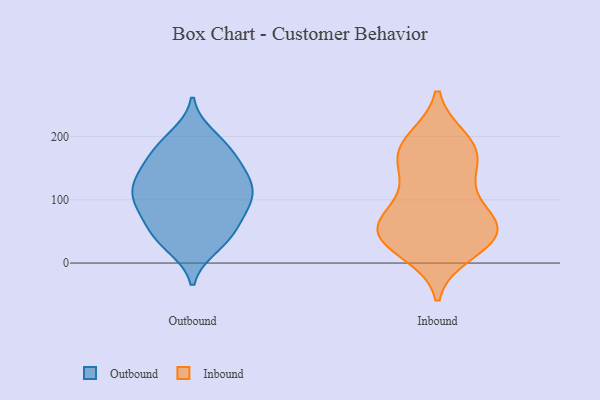
{"axis": {"x": "Headcount", "y": "Value"}, "legend": ["Inbound", "Outbound"], "data": [{"x": "", "y": 100, "type": "Outbound"}, {"x": "", "y": 148, "type": "Outbound"}, {"x": "", "y": 34, "type": "Outbound"}, {"x": "", "y": 181, "type": "Outbound"}, {"x": "", "y": 103, "type": "Outbound"}, {"x": "", "y": 39, "type": "Outbound"}, {"x": "", "y": 117, "type": "Outbound"}, {"x": "", "y": 124, "type": "Outbound"}, {"x": "", "y": 175, "type": "Outbound"}, {"x": "", "y": 27, "type": "Outbound"}, {"x": "", "y": 88, "type": "Outbound"}, {"x": "", "y": 127, "type": "Outbound"}, {"x": "", "y": 54, "type": "Outbound"}, {"x": "", "y": 200, "type": "Outbound"}, {"x": "", "y": 187, "type": "Outbound"}, {"x": "", "y": 56, "type": "Outbound"}, {"x": "", "y": 94, "type": "Outbound"}, {"x": "", "y": 149, "type": "Outbound"}, {"x": "", "y": 83, "type": "Outbound"}, {"x": "", "y": 138, "type": "Outbound"}, {"x": "", "y": 196, "type": "Inbound"}, {"x": "", "y": 125, "type": "Inbound"}, {"x": "", "y": 23, "type": "Inbound"}, {"x": "", "y": 184, "type": "Inbound"}, {"x": "", "y": 44, "type": "Inbound"}, {"x": "", "y": 164, "type": "Inbound"}, {"x": "", "y": 49, "type": "Inbound"}, {"x": "", "y": 156, "type": "Inbound"}, {"x": "", "y": 73, "type": "Inbound"}, {"x": "", "y": 39, "type": "Inbound"}, {"x": "", "y": 73, "type": "Inbound"}, {"x": "", "y": 16, "type": "Inbound"}, {"x": "", "y": 58, "type": "Inbound"}, {"x": "", "y": 61, "type": "Inbound"}, {"x": "", "y": 107, "type": "Inbound"}, {"x": "", "y": 166, "type": "Inbound"}, {"x": "", "y": 195, "type": "Inbound"}, {"x": "", "y": 44, "type": "Inbound"}]}